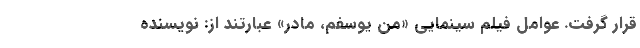
قرار گرفت. عوامل فیلم سینمایی «من یوسفم، مادر» عبارتند از: نویسنده